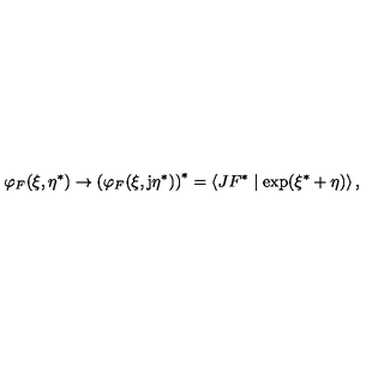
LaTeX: \varphi _ { F } ( \xi , \eta ^ { * } ) \rightarrow \left( \varphi _ { F } ( \xi , \mathrm { j } \eta ^ { * } ) \right) ^ { * } = \left\langle J F ^ { * } \mid \exp ( \xi ^ { * } + \eta ) \right\rangle ,